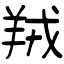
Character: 羢